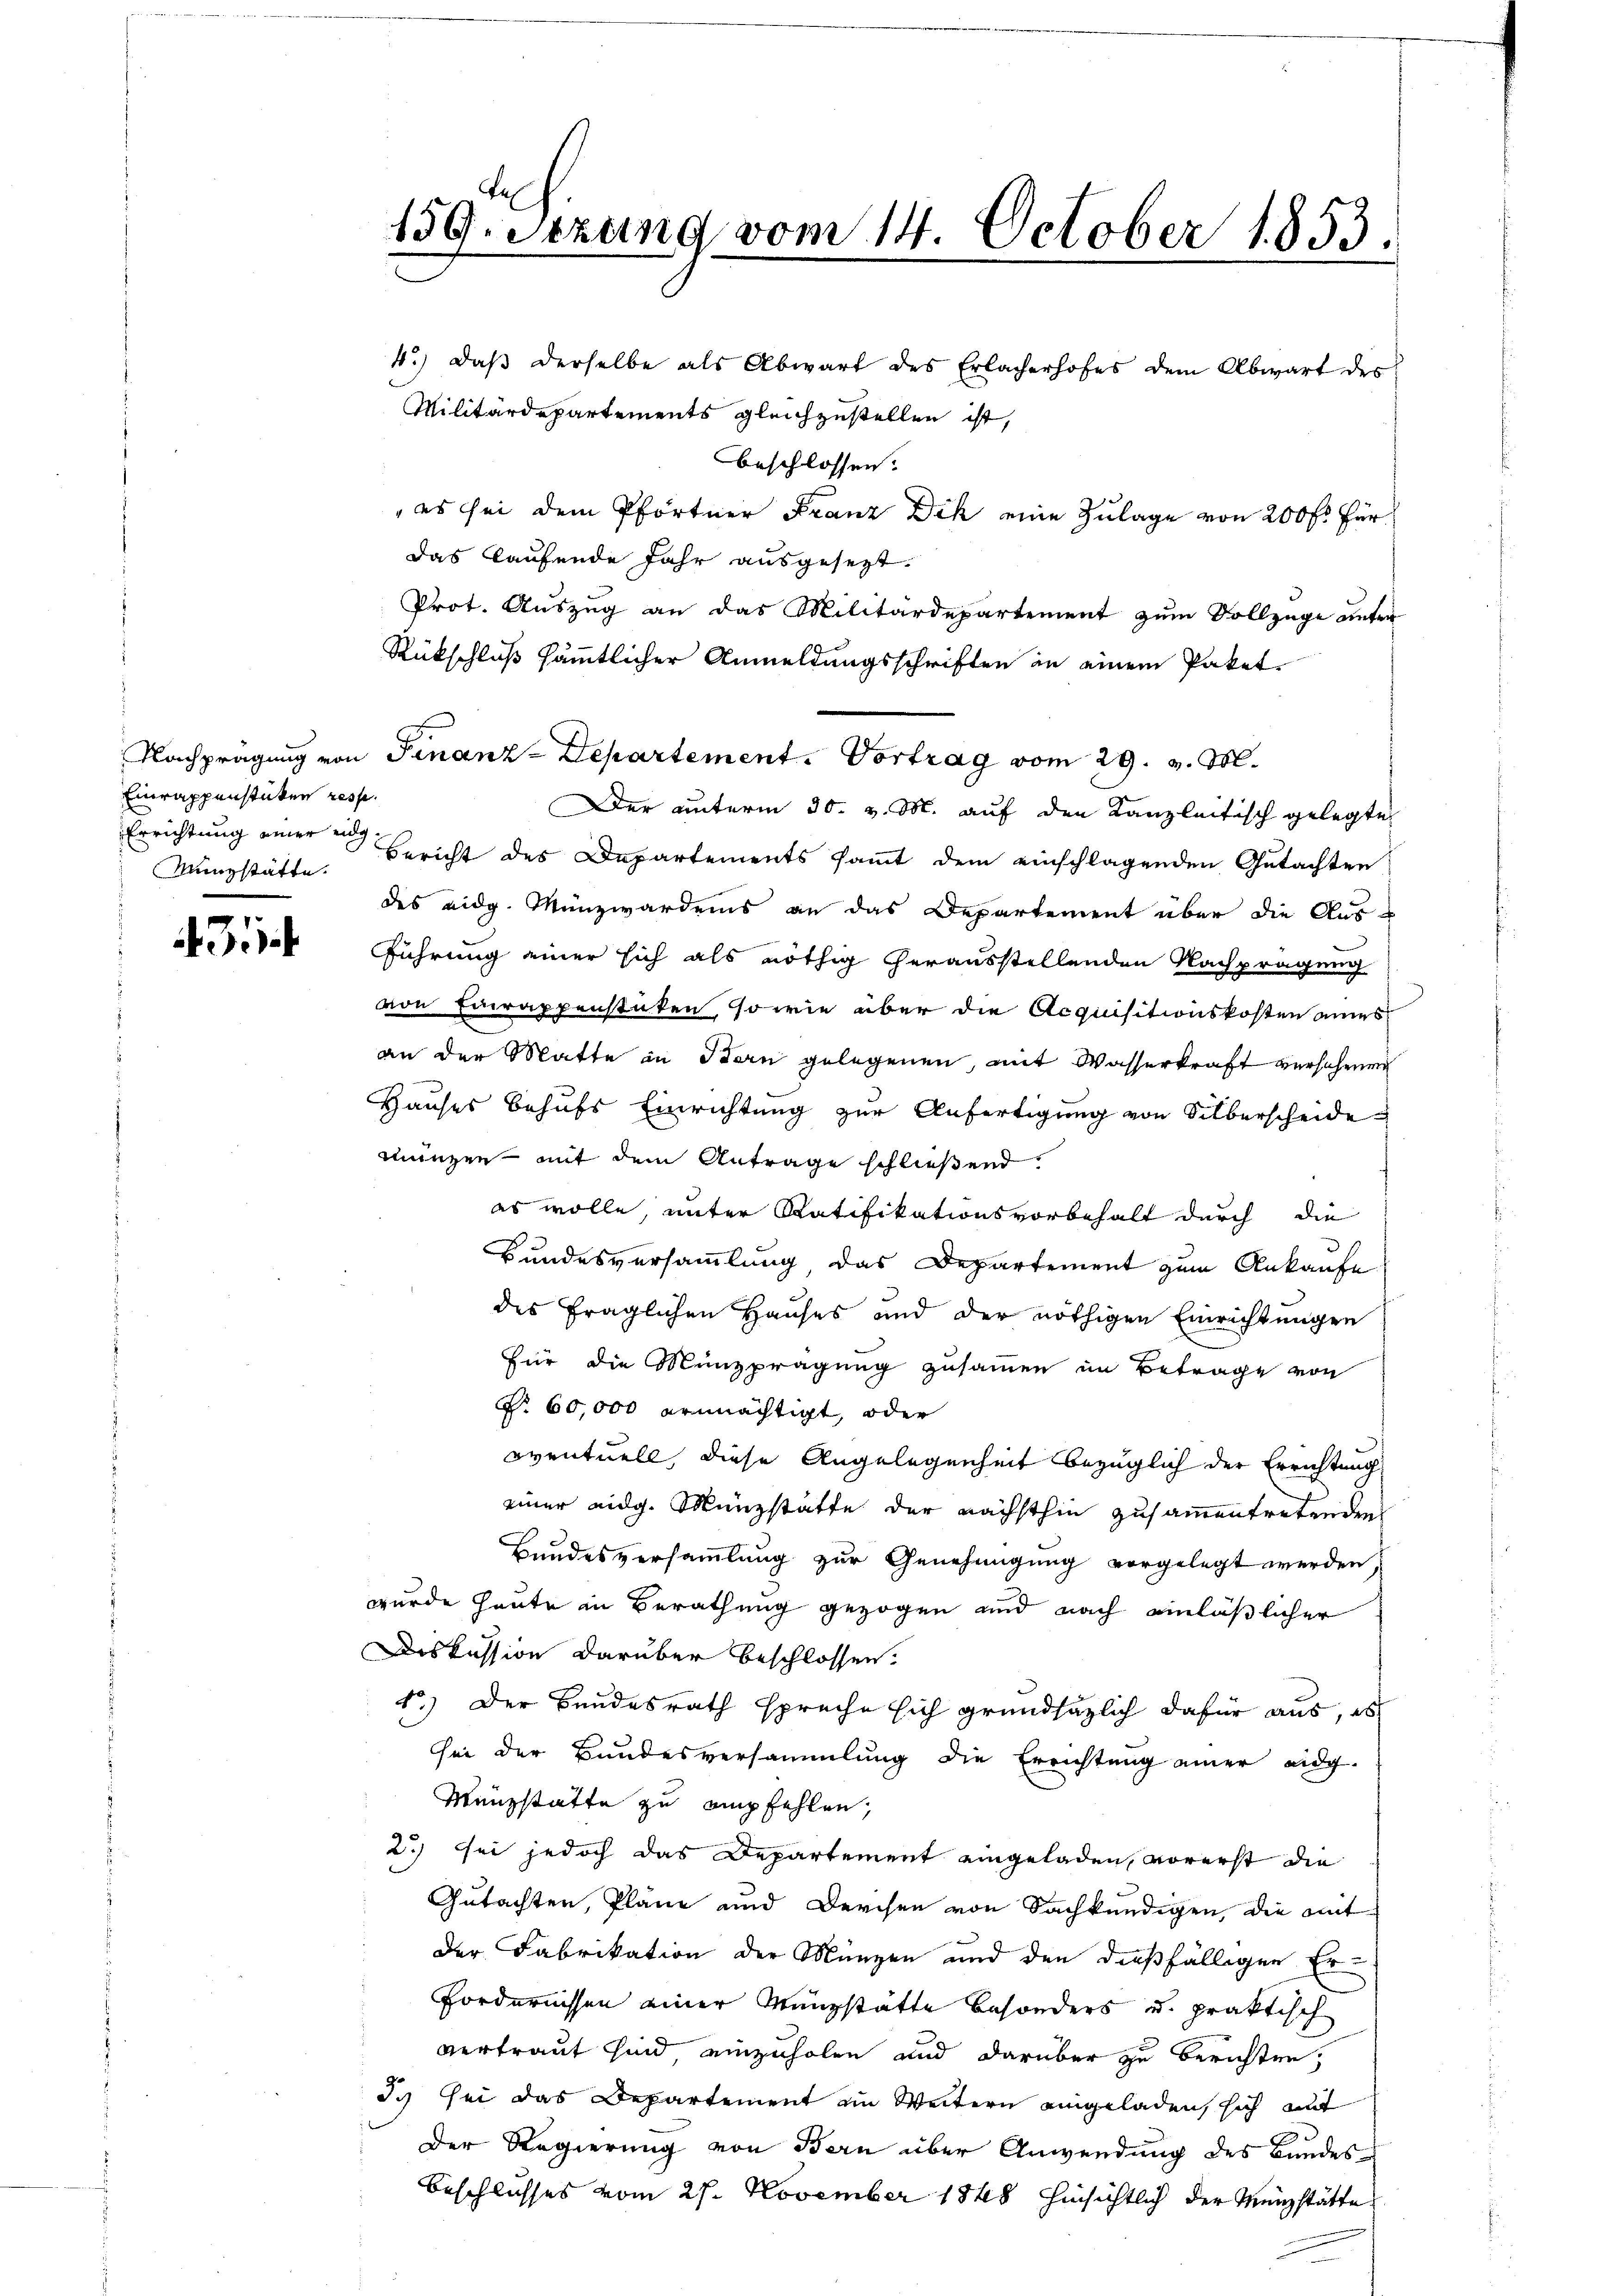
Einrappenstücken resp.
Errichtung einer eidg¬

2
e

4.) Daß derselbe als Abwart des Erlacherhofes dem Abwart des
Militärdepartements gleichzustellen ist,
beschlossen:
 es sei dem Pförtner Franz Dik eine Zulage von 200 fl. für
das kaufende Jahr ausgesezt.
Prot. Auszug an das Militärdepartement zum Vollzüge unter
Rückschluß sämmtlicher Anmeldungsschriften in einem Paket
Nachprägung von Finanz-Departement. Vortrag vom 29. v. M.
Der unterm 30. v. M. auf den Kanzleitisch gelegte
Münzstätte. Bericht des Departements sammt dem einschlagenden Gutachten
des eidg. Münzwardens an das Departement über die Aus¬
Führung einer sich als nöthig herausstellenden Nachprägung
von Einrappenstücken, so wie über die Acquisitionskosten eines
an der Matte in Bern gelegenen, mit Wasserkraft verschenen
Hauses behufs Einrichtung zur Anfertigung von Silberscheide
münzen – mit dem Antrage schließend
es wolle, unter Ratifikationsvorbehalt durch die
d
Bundesversammlung, das Departement zum Ankaufe
des fraglichen Hauses und der nöthigen Einrichtungen
für die Münzprägung zusammen im Betrage von
No 60,000 ermächtigt, oder
eventuell, diese Angelegenheit bezüglich der Errichtung
einer eidg. Münzstatte der nächsthin zusammentretenden
Bundesversammlung zur Genehmigung vorgelegt werden,
wurde heute in Berathung gezogen und nach einläßlicher
Diskussion darüber beschlossen:
1.) Der Bundesrath spreche sich grundsätzlich dafür aus, eb
sei der Bundesversammlung die Errichtung einer eidg.
Münzstatte zu empfehlen,
2) sei jedoch das Departement eingeladen, vorerst die
Gutachten, Pläne und Derchen von Sachkundigen, die mit
der Fabrikation der Münzen und den dießfälligen Er-
Fordernissen einer Münzstätte besonders und praktisch
vertraut sind einzuholen und darüber zu berichten,
Sy sei das Departement im Weitern eingeladen, sich mit
Der Regierung von Bern über Anwendung des Bundes
Beschlusses vom 27. November 1848 hinsichtlich der Menzstätte

159. Setzung vom 14. October 1853.